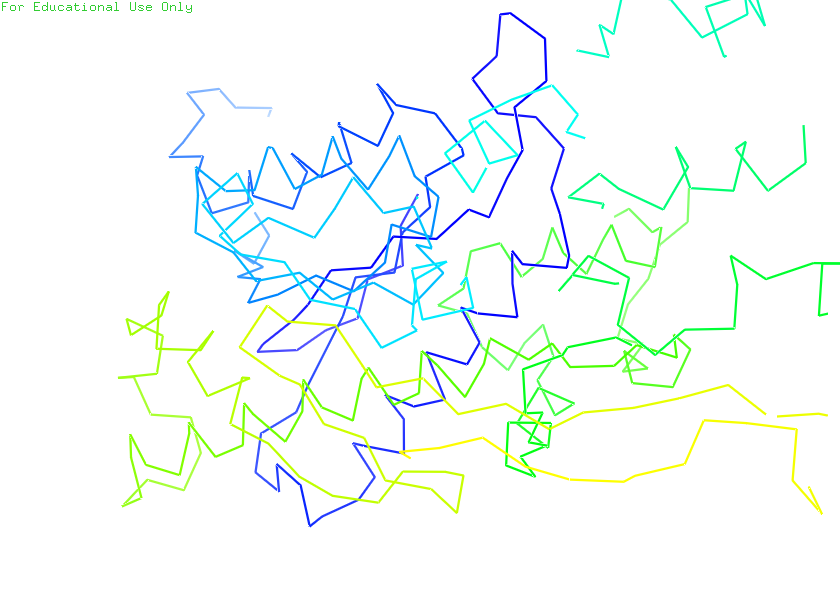
pymol, preset, ligand_sites_trans_hq